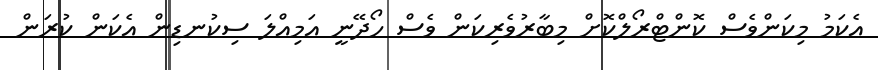
އެކަމު މިކަންވެސް ކޮންޓްރޯލްކޮށް މިބާރުވެރިކަން ވެސް ހޯދޭނީ އަމިއްލަ ސިކުނޑިން އެކަން ކުރަން